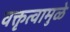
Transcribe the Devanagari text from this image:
वक्तृत्वामुळे